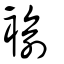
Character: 褕